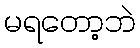
မရတော့ဘဲ